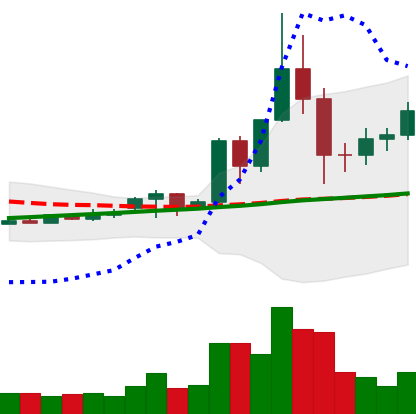
Ticker: TRX-USD
Chart end date: 2020-11-30
Forward return: -5.408%
Label: down_5_7